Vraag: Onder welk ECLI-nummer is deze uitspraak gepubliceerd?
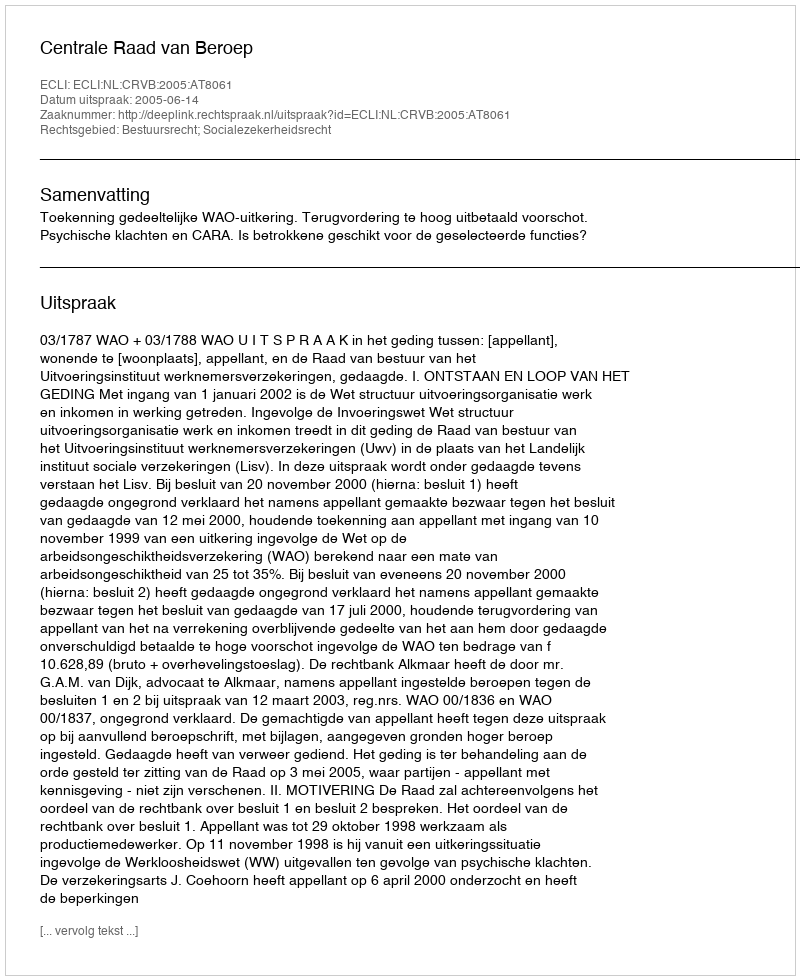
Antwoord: ECLI:NL:CRVB:2005:AT8061